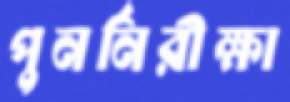
পুনর্নিরীক্ষা